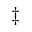
\ddag